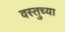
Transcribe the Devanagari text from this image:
वस्तुच्या